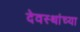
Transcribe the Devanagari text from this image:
देवस्थांच्या